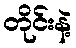
တိုင်းနဲ့